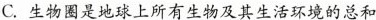
C.生物圈是地球上所有生物及其生活环境的总和